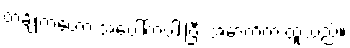
တချို့ကတော့ အပေါ်ကပါးပြီး အောက်က ထူသည်။